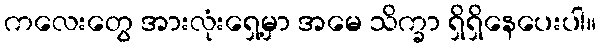
ကလေးတွေ အားလုံးရှေ့မှာ အမေ သိက္ခာ ရှိရှိနေပေးပါ။